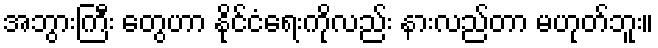
အဘွားကြီး တွေဟာ နိုင်ငံရေးကိုလည်း နားလည်တာ မဟုတ်ဘူး။